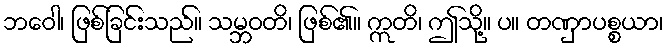
ဘဝေါ၊ ဖြစ်ခြင်းသည်။ သမ္ဘဝတိ၊ ဖြစ်၏။ ဣတိ၊ ဤသို့။ ပ။ တဏှာပစ္စယာ၊